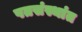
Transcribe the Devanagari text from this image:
पतसंस्थांत